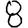
Digit: 8